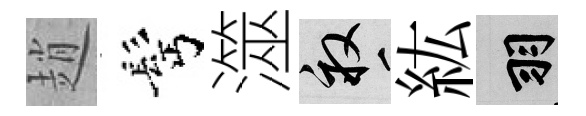
趙髩澨畝紘羽